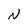
Character: N